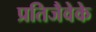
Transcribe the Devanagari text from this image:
प्रतिजैवेके